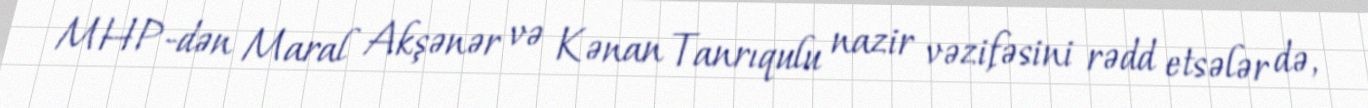
MHP-dən Maral Akşənər və Kənan Tanrıqulu nazir vəzifəsini rədd etsələr də,